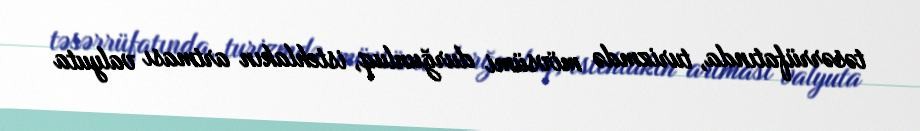
təsərrüfatında, turizmdə mövsümi durğunluq, istehlakın artması valyuta